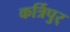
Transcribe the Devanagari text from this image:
कर्त्रिपुर्